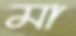
মা